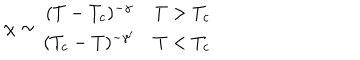
\chi \sim \begin{array} { c c } { { ( T - T _ { c } ) ^ { - \gamma } } } & { { T > T _ { c } } } \\ { { ( T _ { c } - T ) ^ { - \gamma ^ { \prime } } } } & { { T < T _ { c } } } \\ \end{array}